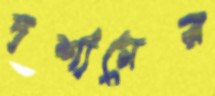
দর্শানের